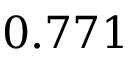
0 . 7 7 1